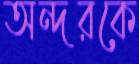
অন্দরকে